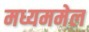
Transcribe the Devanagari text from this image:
मध्यममेल